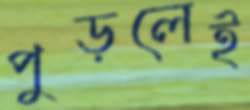
পুড়লেই